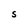
Character: S